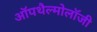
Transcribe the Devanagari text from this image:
ऑपथैल्मोलॉजी